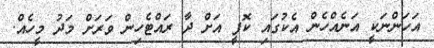
އަހަންނަކީ އަނެއްހެން އެކުގައި ކޮފީ އަށް ދާ ރައްޓެހިން ވަރަށް މަދު މީހެއް.